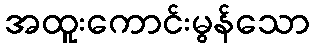
အထူးကောင်းမွန်သော